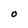
Character: O